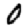
Digit: 0